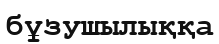
бұзушылыққа